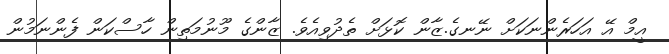
އީމް އޭ އަހަރެންނަކަށް ނޭނގެ.ޒާން ކޮޅަށް ތެދުވިއެވެ. ޒާންގެ މޫނުމަތިން ހާސްކަން ފެންނަމުން